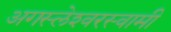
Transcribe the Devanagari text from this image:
अगस्‍लेश्‍वरस्‍वामी